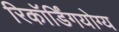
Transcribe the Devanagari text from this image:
रिकॉर्डिंगयोग्य